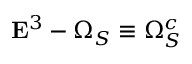
{ \bf E } ^ { 3 } - \Omega _ { S } \equiv \Omega _ { S } ^ { c }